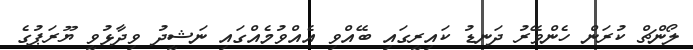
ލޯންޗް ކުރަން ހެންވޭރު ދަނޑު ކައިރީގައި ބޭއްވި އެއްވުމެއްގައި ނަޝީދު ވިދާޅުވީ ޔޫރަޕުގެ